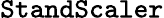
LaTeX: \texttt{StandScaler}